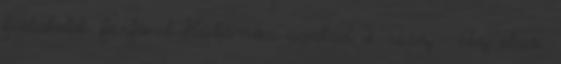
fiatalabb férfival Különös család 2. rész - Az első.